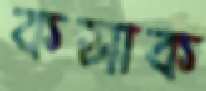
কসাক